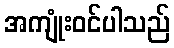
အကျုံးဝင်ပါသည်